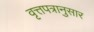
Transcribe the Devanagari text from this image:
वृत्तपत्रानुसार